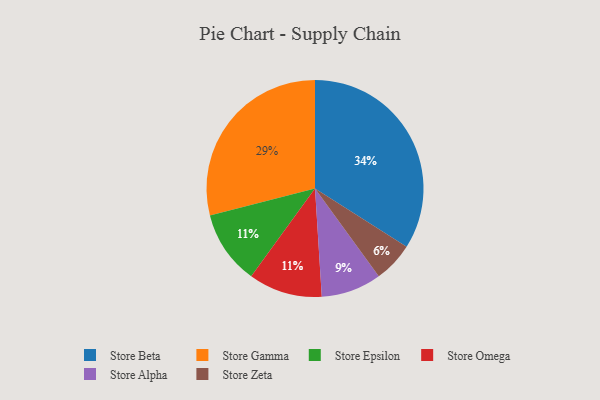
{"axis": {"x": "Category", "y": "Percentage"}, "legend": ["Store Alpha", "Store Beta", "Store Epsilon", "Store Gamma", "Store Omega", "Store Zeta"], "data": [{"x": "Store Beta", "y": 34, "type": "Store Beta"}, {"x": "Store Alpha", "y": 9, "type": "Store Alpha"}, {"x": "Store Epsilon", "y": 11, "type": "Store Epsilon"}, {"x": "Store Gamma", "y": 29, "type": "Store Gamma"}, {"x": "Store Omega", "y": 11, "type": "Store Omega"}, {"x": "Store Zeta", "y": 6, "type": "Store Zeta"}]}